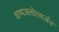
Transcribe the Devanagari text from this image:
वाष्पजलोत्सर्जन